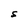
Character: S